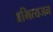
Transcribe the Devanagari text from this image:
अभित्यजन